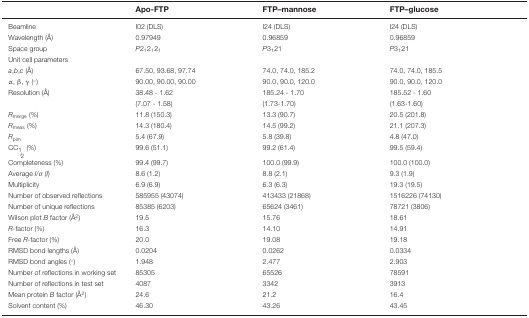
<table><thead><tr><td></td><td><b>Apo-FTP</b></td><td><b>FTP–mannose</b></td><td><b>FTP–glucose</b></td></tr></thead><tbody><tr><td>Beamline</td><td>I02 (DLS)</td><td>I24 (DLS)</td><td>I24 (DLS)</td></tr><tr><td>Wavelength (Å)</td><td>0.97949</td><td>0.96859</td><td>0.96859</td></tr><tr><td>Space group</td><td><i>P</i>2<sub>1</sub>2<sub>1</sub>2<sub>1</sub></td><td><i>P</i>3<sub>1</sub>21</td><td><i>P</i>3<sub>1</sub>21</td></tr><tr><td>Unit cell parameters</td><td></td><td></td><td></td></tr><tr><td><i>a</i>,<i>b</i>,<i>c</i> (Å)</td><td>67.50, 93.68, 97.74</td><td>74.0, 74.0, 185.2</td><td>74.0, 74.0, 185.5</td></tr><tr><td><i>α, β, γ</i> (°)</td><td>90.00, 90.00, 90.00</td><td>90.0, 90.0, 120.0</td><td>90.0, 90.0, 120.0</td></tr><tr><td>Resolution (Å)</td><td>38.48 - 1.62</td><td>185.24 - 1.70</td><td>185.52 - 1.60</td></tr><tr><td></td><td>(7.07 - 1.58)</td><td>(1.73-1.70)</td><td>(1.63-1.60)</td></tr><tr><td><i>R</i><sub>merge</sub> (%)</td><td>11.8 (150.3)</td><td>13.3 (90.7)</td><td>20.5 (201.8)</td></tr><tr><td><i>R</i><sub>meas</sub> (%)</td><td>14.3 (180.4)</td><td>14.5 (99.2)</td><td>21.1 (207.3)</td></tr><tr><td><i>R</i><sub>pim</sub></td><td>5.4 (67.9)</td><td>5.8 (39.8)</td><td>4.8 (47.0)</td></tr><tr><td>CC<sub>1⁄2</sub> (%)</td><td>99.6 (51.1)</td><td>99.2 (61.4)</td><td>99.5 (59.4)</td></tr><tr><td>Completeness (%)</td><td>99.4 (99.7)</td><td>100.0 (99.9)</td><td>100.0 (100.0)</td></tr><tr><td>Average <i>I</i>/<i>σ</i>(<i>I</i>)</td><td>8.6 (1.2)</td><td>8.8 (2.1)</td><td>9.3 (1.9)</td></tr><tr><td>Multiplicity</td><td>6.9 (6.9)</td><td>6.3 (6.3)</td><td>19.3 (19.5)</td></tr><tr><td>Number of observed reflections</td><td>585955 (43074)</td><td>413433 (21868)</td><td>1516226 (74130)</td></tr><tr><td>Number of unique reflections</td><td>85385 (6203)</td><td>65624 (3461)</td><td>78721 (3806)</td></tr><tr><td>Wilson plot <i>B</i>factor (Å<sup>2</sup>)</td><td>19.5</td><td>15.76</td><td>18.61</td></tr><tr><td><i>R</i>-factor (%)</td><td>16.3</td><td>14.10</td><td>14.91</td></tr><tr><td>Free <i>R</i>-factor (%)</td><td>20.0</td><td>19.08</td><td>19.18</td></tr><tr><td>RMSD bond lengths (Å)</td><td>0.0204</td><td>0.0262</td><td>0.0334</td></tr><tr><td>RMSD bond angles (°)</td><td>1.948</td><td>2.477</td><td>2.903</td></tr><tr><td>Number of reflections in working set</td><td>85305</td><td>65526</td><td>78591</td></tr><tr><td>Number of reflections in test set</td><td>4087</td><td>3342</td><td>3913</td></tr><tr><td>Mean protein <i>B</i> factor (Å<sup>2</sup>)</td><td>24.6</td><td>21.2</td><td>16.4</td></tr><tr><td>Solvent content (%)</td><td>46.30</td><td>43.26</td><td>43.45</td></tr></tbody></table>